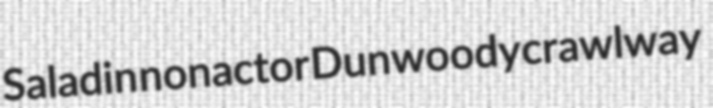
Saladin nonactor Dunwoody crawlway